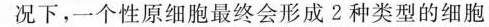
况下，一个性原细胞最终会形成2种类型的细胞